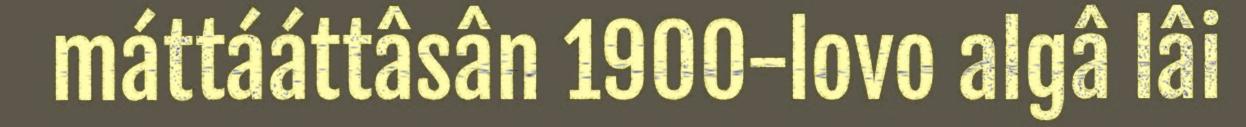
máttááttâsân 1900-lovo algâ lâi